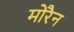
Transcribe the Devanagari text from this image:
मोरैन